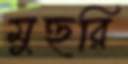
মুহুরি